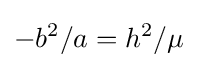
-b^{2}/a=h^{2}/\mu